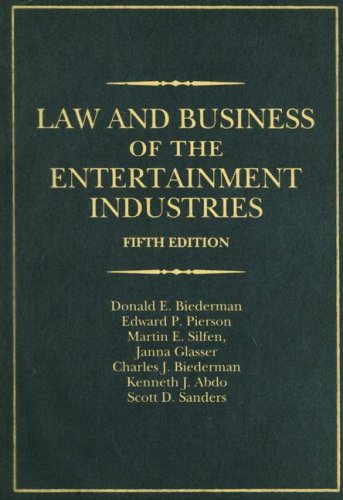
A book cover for Law and Business of the Entertainment Industries (Law & Business of the Entertainment Industries); Donald E. Biederman; Law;